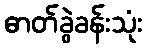
ဓာတ်ခွဲခန်းသုံး